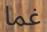
غما